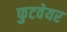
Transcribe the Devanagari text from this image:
फुटवेयर